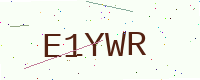
Text: E1YWR